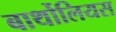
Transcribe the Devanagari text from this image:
बार्थोलियस